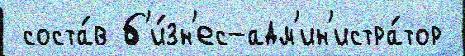
 соста́в б'и́зн'ес-адм'ин'истра́тор